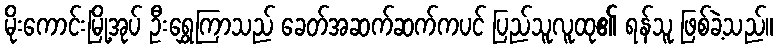
မိုးကောင်းမြို့အုပ် ဦးရွှေကြာသည် ခေတ်အဆက်ဆက်ကပင် ပြည်သူလူထု၏ ရန်သူ ဖြစ်ခဲ့သည်။